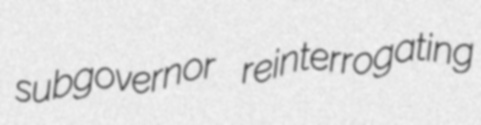
subgovernor reinterrogating